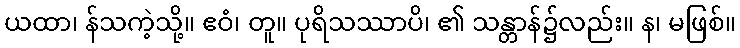
ယထာ၊ န်သကဲ့သို့။ ဧဝံ၊ တူ။ ပုရိသဿာပိ၊ ၏ သန္တာန်၌လည်း။ န၊ မဖြစ်။